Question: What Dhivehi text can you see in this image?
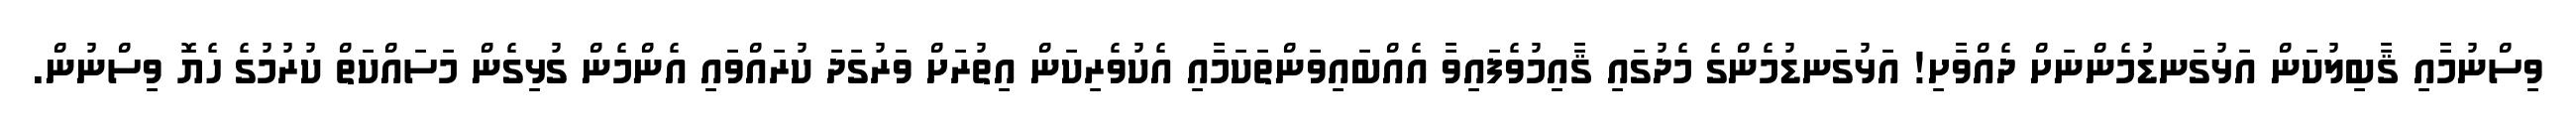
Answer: ވިސްނުމާއި ޤާބިލުކަން އަޅުގަނޑުމެންނަށް ދެއްވާށި! އަޅުގަނޑުމެންގެ މެދުގައި ޤާއިމުވެފައިވާ އެއްބައިވަންތަކަމާއި އެކުވެރިކަން އިތުރަށް ވަރުގަދަ ކުރައްވައި އެންމެން ގުޅިގެން މަސައްކަތް ކުރުމުގެ ހެޔޮ ވިސްނުން.